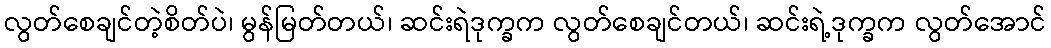
လွတ်စေချင်တဲ့စိတ်ပဲ၊ မွန်မြတ်တယ်၊ ဆင်းရဲဒုက္ခက လွတ်စေချင်တယ်၊ ဆင်းရဲ့ဒုက္ခက လွတ်အောင်